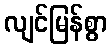
လျင်မြန်စွာ